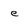
Character: e